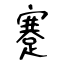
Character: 蹇